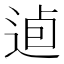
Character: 逌